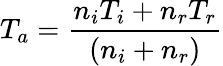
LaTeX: T_{a}=\frac{n_{i}T_{i}+n_{r}T_{r}}{(n_{i}+n_{r})}